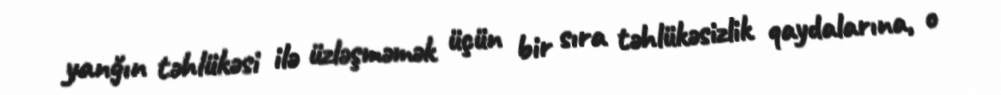
yanğın təhlükəsi ilə üzləşməmək üçün bir sıra təhlükəsizlik qaydalarına, o